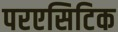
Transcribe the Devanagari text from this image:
परएसिटिक